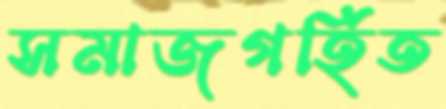
সমাজগর্হিত